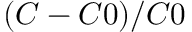
( C - C 0 ) / C 0